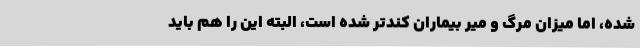
شده، اما میزان مرگ و میر بیماران کندتر شده است، البته این را هم باید